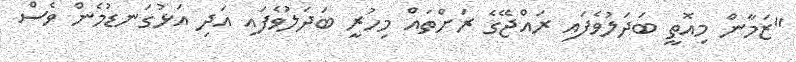
"ޒަމާން މިއޮތީ ބަދަލުވެފައި ރައްޖޭގެ ރަށްތައް މިހުރީ ބަދަލުވެފައި އަދި އަޅުގަނޑުމެން ވެސް